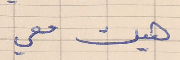
هيك معي